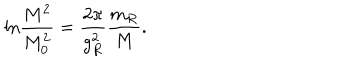
\mathrm { l n } \frac { M ^ { 2 } } { M _ { 0 } ^ { 2 } } = \frac { 2 \pi } { g _ { R } ^ { 2 } } \frac { m _ { R } } { M } .